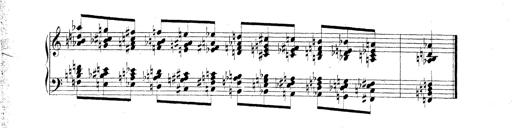
Title: Technische Studien
Composer: Franz Liszt